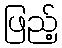
ဖြည့်